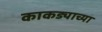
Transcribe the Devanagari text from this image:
काकड्याच्या